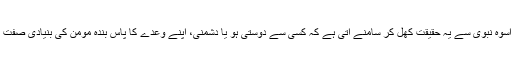
اس اسوۂ نبویؐ سے یہ حقیقت کھل کر سامنے آتی ہے کہ کسی سے دوستی ہو یا دشمنی، اپنے وعدے کا پاس بندۂ مومن کی بنیادی صفت ہے۔